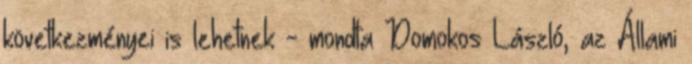
következményei is lehetnek - mondta Domokos László, az Állami